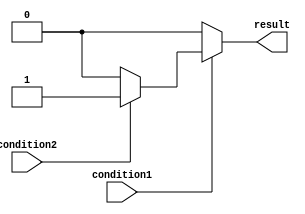
module nested_if_else_statement(
    input condition1,
    input condition2,
    output reg result
    );

always @(*)
begin
    if(condition1)
    begin
        if(condition2)
        begin
            result = 1;
        end
        else
        begin
            result = 0;
        end
    end
    else
    begin
        result = 0;
    end
end

endmodule